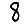
Digit: 8